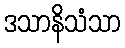
ဒသာနိသံသာ